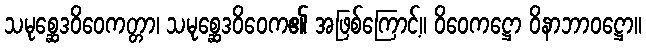
သမုစ္ဆေဒဝိဝေကတ္တာ၊ သမုစ္ဆေဒဝိဝေက၏ အဖြစ်ကြောင့်။ ဝိဝေကဋ္ဌော ဝိနာဘာဝဋ္ဌော။